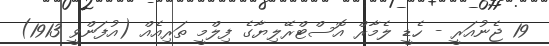
19 ޖެނުއަރީ - ހެޑީ ލެމާރް އޮސްޓްރޭލިޔާގެ ފިލްމީ ތަރިއެއް (އުފަންވީ 1913)